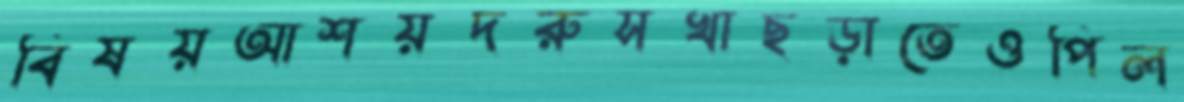
বিষয়আশয়দরুসখাছড়াতেওপিল